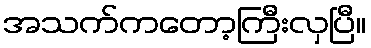
အသက်ကတော့ကြီးလှပြီ။